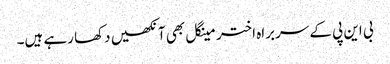
بی این پی کے سربراہ اختر مینگل بھی آنکھیں دکھا رہے ہیں۔